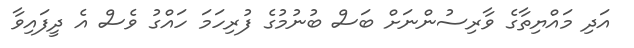
އަދި މައްޔިތާގެ ވާރިސުންނަށް ބަސް ބުނުމުގެ ފުރިހަމަ ހައްގު ވެސް އެ ދީފައިވާ